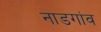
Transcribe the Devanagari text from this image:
नाडगांव